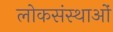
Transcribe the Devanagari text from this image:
लोकसंस्थाओं